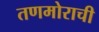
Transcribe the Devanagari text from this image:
तणमोराची